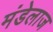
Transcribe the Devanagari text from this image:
मंडेलाज